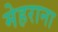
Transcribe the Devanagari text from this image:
मेहराना